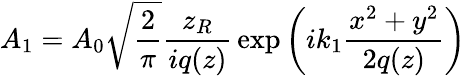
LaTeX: {{A}_{1}}={{A}_{0}}{\sqrt{\frac{2}{\pi}}}{\frac{{z}_{R}}{iq(z)}}\exp\left(i{{k}_{1}}{\frac{{{x}^{2}}+{{y}^{2}}}{2q(z)}}\right)